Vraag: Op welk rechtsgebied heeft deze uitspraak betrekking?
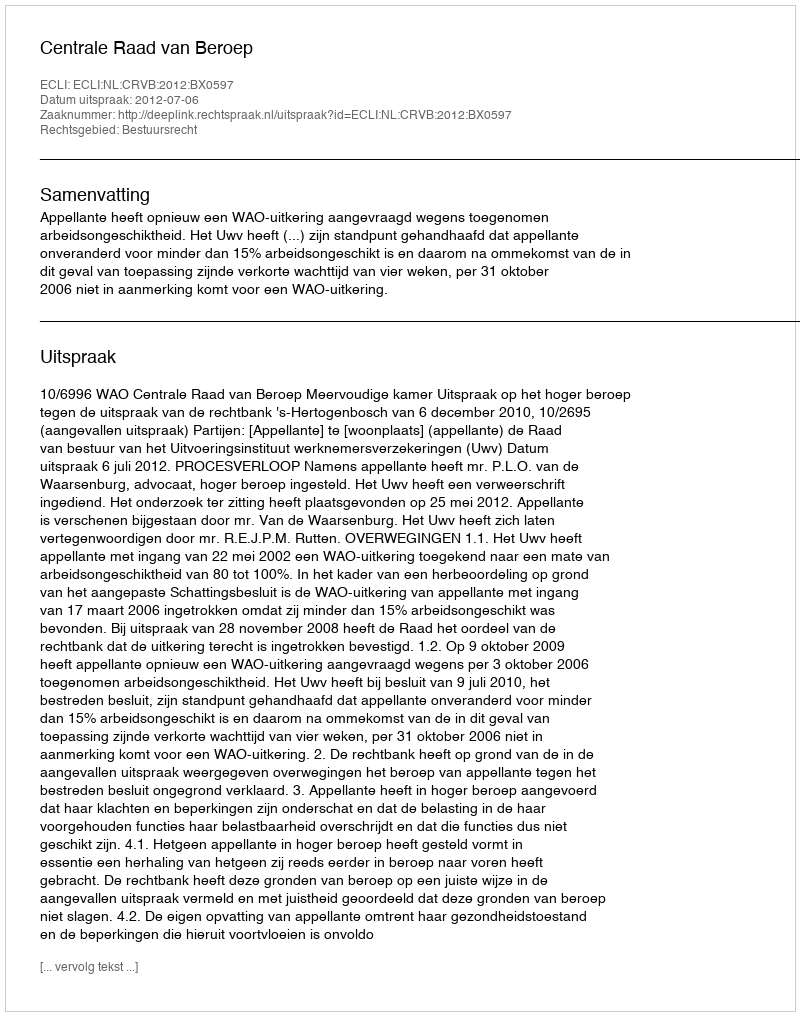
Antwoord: Bestuursrecht